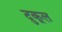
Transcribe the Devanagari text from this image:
दुकूल